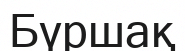
Бүршақ